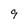
Character: 9